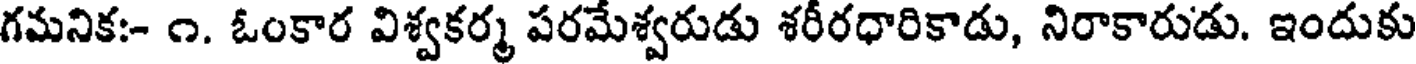
గమనిక:- ౧. ఓంకార విశ్వకర్మ పరమేశ్వరుడు శరీరధారికాడు, నిరాకారుడు. ఇందుకు